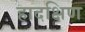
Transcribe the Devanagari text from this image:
हादक्षिण